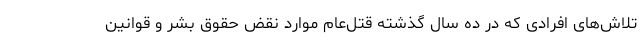
تلاش‌های افرادی که در ده سال گذشته قتل‌عام موارد نقض حقوق بشر و قوانین